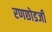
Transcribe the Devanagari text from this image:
रणछोडजी